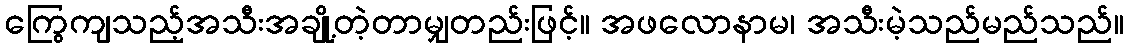
ကြွေကျသည့်အသီးအချို့တဲ့တာမျှတည်းဖြင့်။ အဖလောနာမ၊ အသီးမဲ့သည်မည်သည်။